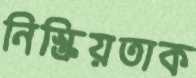
নিস্ক্রিয়তাক